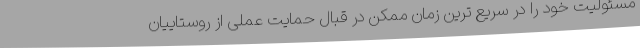
مسئولیت خود را در سریع ترین زمان ممکن در قبال حمایت عملی از روستاییان